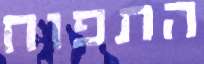
התפוח